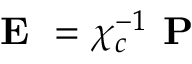
{ \textbf { E } = \chi _ { c } ^ { - 1 } \textbf { P } }